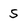
Character: S